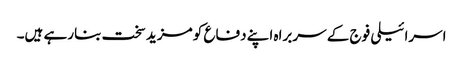
اسرائیلی فوج کے سربراہ اپنے دفاع کو مزید سخت بنارہے ہیں۔